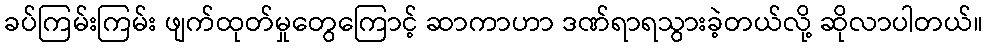
ခပ်ကြမ်းကြမ်း ဖျက်ထုတ်မှုတွေကြောင့် ဆာကာဟာ ဒဏ်ရာရသွားခဲ့တယ်လို့ ဆိုလာပါတယ်။